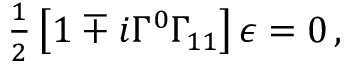
{ \textstyle \frac { 1 } { 2 } } \left[ 1 \mp i \Gamma ^ { 0 } \Gamma _ { 1 1 } \right] \epsilon = 0 \, ,